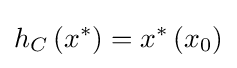
h_{C}\left(x^{*}\right)=x^{*}\left(x_{0}\right)